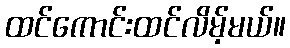
ထင်ကောင်းထင်လိမ့်မယ်။